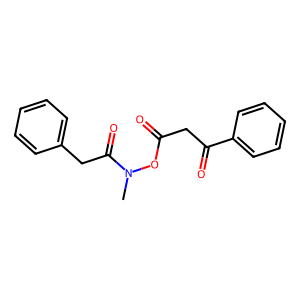
SMILES: CN(OC(=O)CC(=O)c1ccccc1)C(=O)Cc1ccccc1
Inhibits HIV replication: No